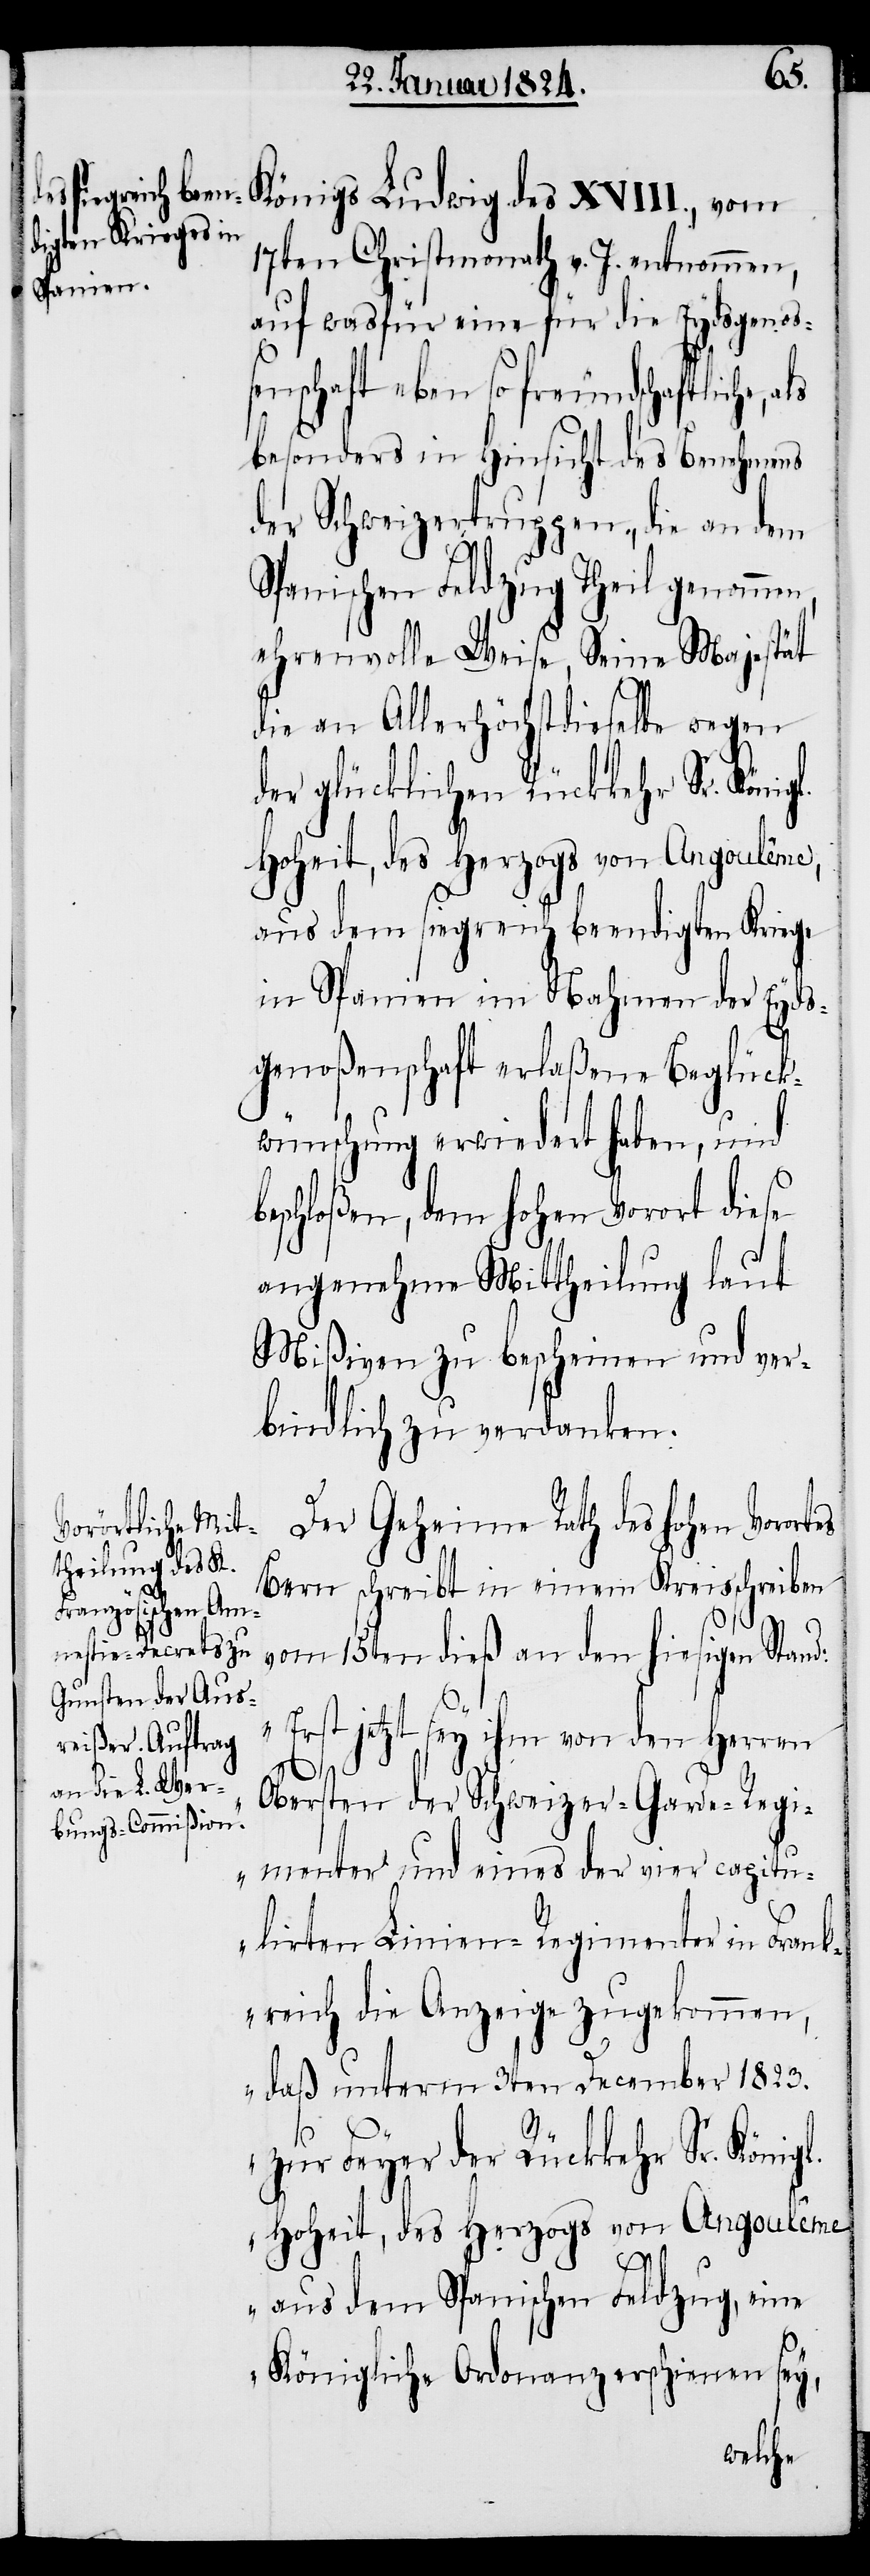
17ten Christmonath v. J. entnommen,
auf was für eine für die Eydsgenoß¬
enschaft eben so freundschaftliche,
besonders in Hinsicht des Benehmens
der Schweizertruppen, die an dem
Spanischen Feldzug Theil genommen,
ehrenvolle Weise, Seine Majestät
die an Allerhöchstdieselbe wegen
der glücklichen Rückkehr Sr. Köni¬
Hoheit, des Herzogs von Angoulême,
aus dem siegreich beendigten Kriege
in Spanien im Nahmen der Eyds¬
genoßenschaft erlaßene Beglück¬
wünschung erwiedert haben, und
beschloßen, dem hohen Vorort diese
angenehme Mittheilung laut
Mißiven zu bescheinen und ver¬
bindlich zu verdanken.
Der Geheime Rath des hohen Vorort¬
Bern schreibt in einem Kreisschreiben
vom 15ten dieß an den hiesigen Stand:
„Erst jetzt sey ihm von den Herren
gl.
es
Obersten der Schweizer-Garde-Regi¬
menter und eines der vier capitu¬
lirten Linien-Regimenter in Fran¬
kreich die Anzeige zugekommen,
daß unterm 3ten December 1823.
zur Feyer der Rückkehr Sr. Königl.
Hoheit, des Herzogs von Angoulême
aus dem Spanischen Feldzug, eine
Königliche Ordonanz erschienen sey,